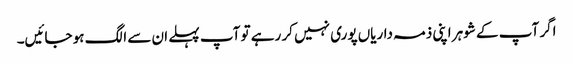
اگر آپ کے شوہر اپنی ذمہ داریاں پوری نہیں کر رہے تو آپ پہلے ان سے الگ ہو جائیں۔